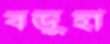
বড়ুহা